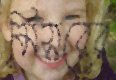
মিসরের